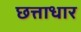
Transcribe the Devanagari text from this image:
छत्ताधार